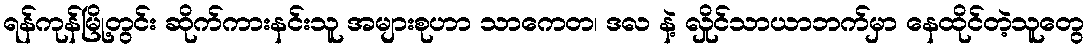
ရန်ကုန်မြို့တွင်း ဆိုက်ကားနင်းသူ အများစုဟာ သာကေတ၊ ဒလ နဲ့ လှိုင်သာယာဘက်မှာ နေထိုင်တဲ့သူတွေ